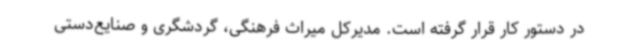
در دستور کار قرار گرفته است. مدیرکل میراث فرهنگی، گردشگری و صنایع‌دستی